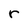
Character: r